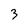
Character: 3